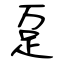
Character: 趸